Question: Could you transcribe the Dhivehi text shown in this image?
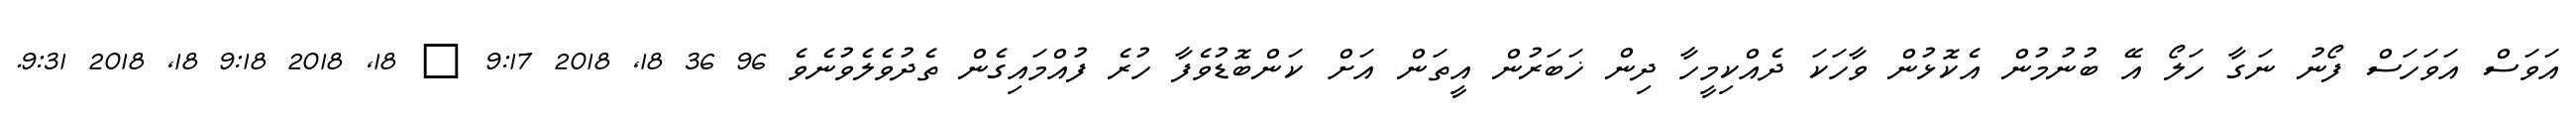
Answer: އަވަސް އަވަހަސް ފޯނު ނަގާ ހަލޯ އޭ ބުނުމުން އެކޮޅުން ވާހަކަ ދެއްކިމީހާ ދިން ޚަބަރުން އީތަން އަށް ކަންބޮޑުވެފާ ހުރެ ފުއްމައިގެން ތެދުވެލެވުނެވެ 96 36 18, 2018 9:17 ? 18, 2018 9:18 18, 2018 9:31.